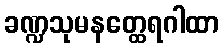
ခဏ္ဍသုမနတ္ထေရဂါထာ